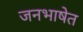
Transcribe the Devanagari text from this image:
जनभाषेत